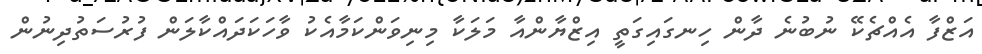
އަޒްފާ އެއްޗެކޭ ނުބުނެ ދާން ހިނގައިގަތީ އިޒްޔާންއާ މަލަކާ މިނިވަންކަމާއެކު ވާހަކަދައްކާލަން ފުރުސަތުދިނުން